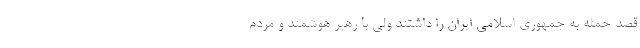
قصد حمله به جمهوری اسلامی ایران را داشتند ولی با رهبر هوشمند و مردم